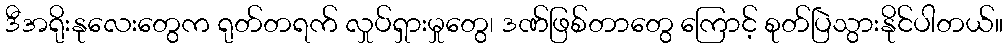
ဒီအရိုးနုလေးတွေက ရုတ်တရက် လှုပ်ရှားမှုတွေ၊ ဒဏ်ဖြစ်တာတွေ ကြောင့် စုတ်ပြဲသွားနိုင်ပါတယ်။